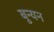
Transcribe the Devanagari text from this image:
बुन्यन